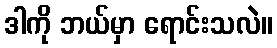
ဒါကို ဘယ်မှာ ရောင်းသလဲ။